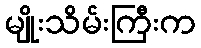
မျိုးသိမ်းကြီးက